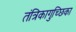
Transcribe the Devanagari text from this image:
तंत्रिकागुच्छिका